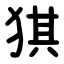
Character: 猉